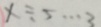
x \div 5 \cdots 3